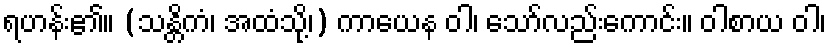
ရဟန်း၏။ (သန္တိကံ၊ အထံသို့၊) ကာယေန ဝါ၊ သော်လည်းကောင်း။ ဝါစာယ ဝါ၊